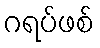
ဂရပ်ဖစ်